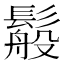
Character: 䰉